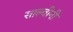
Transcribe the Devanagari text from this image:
साल्वीनी